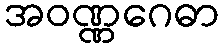
အဝဏ္ဏဂေဓာ